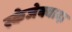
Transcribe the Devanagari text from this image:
स्केजेक्वादा